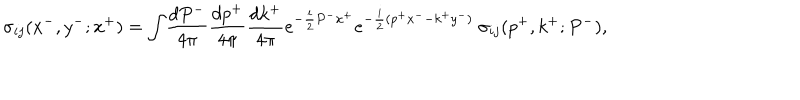
\sigma _ { i j } ( x ^ { - } , y ^ { - } ; x ^ { + } ) = \int \! \frac { d P ^ { - } } { 4 \pi } \frac { d p ^ { + } } { 4 \pi } \frac { d k ^ { + } } { 4 \pi } e ^ { - \frac { i } { 2 } P ^ { - } x ^ { + } } e ^ { - \frac { i } { 2 } ( p ^ { + } x ^ { -- } k ^ { + } y ^ { - } ) } ~ \sigma _ { i j } ( p ^ { + } , k ^ { + } ; P ^ { - } ) ,